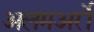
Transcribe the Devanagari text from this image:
अलमअर्रो